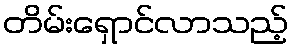
တိမ်းရှောင်လာသည့်